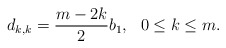
\begin{align*} d_{k,k}=\frac{m-2k}{2}b_{1}, \ \ 0\leq k\leq m.\end{align*}